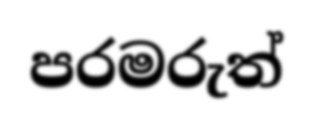
පරමරුත්